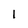
Character: 1